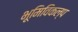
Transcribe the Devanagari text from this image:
भूमिविकल्प